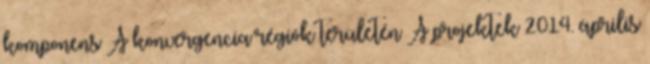
komponens A konvergencia régiók területén A projektek 2014. április